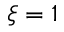
\xi = 1